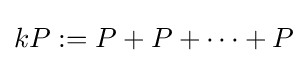
kP:=P+P+\cdots +P